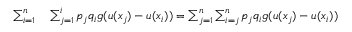
\begin{array} { r l } { \sum _ { i = 1 } ^ { n } } & { { } \sum _ { j = 1 } ^ { i } p _ { j } q _ { i } g ( u ( x _ { j } ) - u ( x _ { i } ) ) = \sum _ { j = 1 } ^ { n } \sum _ { i = j } ^ { n } p _ { j } q _ { i } g ( u ( x _ { j } ) - u ( x _ { i } ) ) } \end{array}